画像に写った文字を読んでください
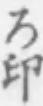
「ろ印」と書いてあります